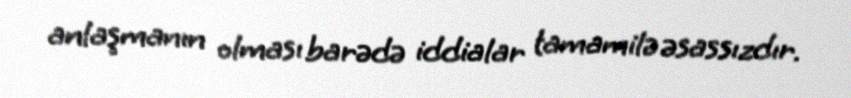
anlaşmanın olması barədə iddialar tamamilə əsassızdır.